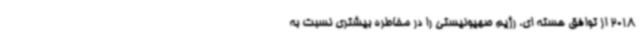
2018 از توافق هسته ای، رژیم صهیونیستی را در مخاطره بیشتری نسبت به